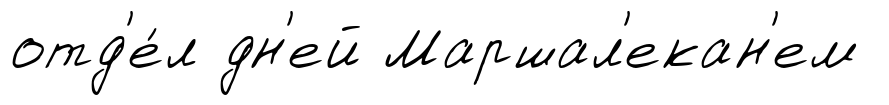
отд'е́л дн'ей Маршал'екан'ем